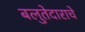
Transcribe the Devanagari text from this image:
बलुतेदाराचे